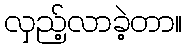
လှည့်လာခဲ့တာ။